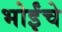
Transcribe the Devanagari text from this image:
भोईंचे